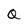
Character: Q